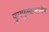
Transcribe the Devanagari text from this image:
फुफ्फुसावरणीय